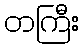
တကြီး